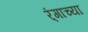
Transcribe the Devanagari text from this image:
र्ंगाच्या